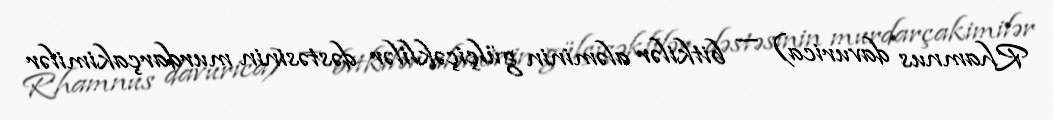
Rhamnus davurica) — bitkilər aləminin gülçiçəklilər dəstəsinin murdarçakimilər